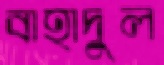
বাহাদুল